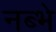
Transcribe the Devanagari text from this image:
नब्भे